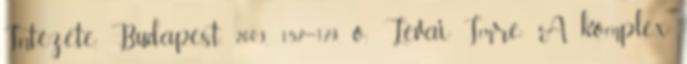
Intézete, Budapest, 2003, 157–179. o.; Lévai Imre: A komplex